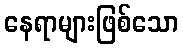
နေရာများဖြစ်သော